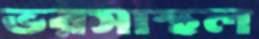
ভরসাস্থল